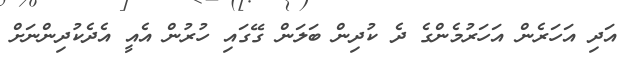
އަދި އަހަރެން އަހަރުމެންގެ ދެ ކުދިން ބަލަން ގޭގައި ހުރުން އެއީ އެދެކުދިންނަށް